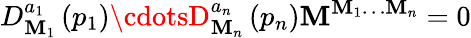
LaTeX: D_{\mathbf{M}_{1}}^{a_{1}}\left(p_{1}\right)\cdotsD_{\mathbf{M}_{n}}^{a_{n}}\left(p_{n}\right){\cal\mathbf{M}}^{\mathbf{M}_{1}\dots\mathbf{M}_{n}}=0